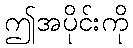
ဤအပိုင်းကို